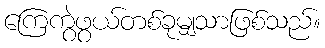
ကြေကွဲဖွယ်တစ်ခုမျှသာဖြစ်သည်။